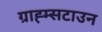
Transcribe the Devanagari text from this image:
ग्राह्म्सटाउन